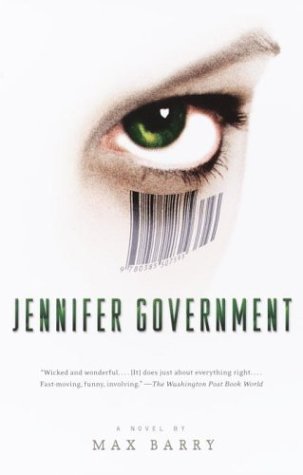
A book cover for Jennifer Government; Max Barry; Science Fiction & Fantasy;